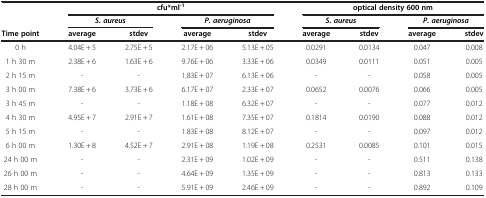
<table><thead><tr><td><b> </b></td><td colspan="4"><b>cfu*ml<sup>-1</sup></b></td><td colspan="4"><b>optical density 600 nm</b></td></tr><tr><td><b> </b></td><td colspan="2"><b><i>S. aureus</i></b></td><td colspan="2"><b><i>P. aeruginosa</i></b></td><td colspan="2"><b><i>S. aureus</i></b></td><td colspan="2"><b><i>P. aeruginosa</i></b></td></tr><tr><td><b>Time point</b></td><td><b>average</b></td><td><b>stdev</b></td><td><b>average</b></td><td><b>stdev</b></td><td><b>average</b></td><td><b>stdev</b></td><td><b>average</b></td><td><b>stdev</b></td></tr></thead><tbody><tr><td>0 h</td><td>4.04E + 5</td><td>2.75E + 5</td><td>2.17E + 06</td><td>5.13E + 05</td><td>0.0291</td><td>0.0134</td><td>0.047</td><td>0.008</td></tr><tr><td>1 h 30 m</td><td>2.38E + 6</td><td>1.63E + 6</td><td>9.76E + 06</td><td>3.33E + 06</td><td>0.0349</td><td>0.0111</td><td>0.051</td><td>0.005</td></tr><tr><td>2 h 15 m</td><td>-</td><td>-</td><td>1,83E + 07</td><td>6.13E + 06</td><td>-</td><td>-</td><td>0.058</td><td>0.005</td></tr><tr><td>3 h 00 m</td><td>7.38E + 6</td><td>3.73E + 6</td><td>6.17E + 07</td><td>2.33E + 07</td><td>0.0652</td><td>0.0076</td><td>0.066</td><td>0.005</td></tr><tr><td>3 h 45 m</td><td>-</td><td>-</td><td>1.18E + 08</td><td>6.32E + 07</td><td>-</td><td>-</td><td>0.077</td><td>0.012</td></tr><tr><td>4 h 30 m</td><td>4.95E + 7</td><td>2.91E + 7</td><td>1.61E + 08</td><td>7.35E + 07</td><td>0.1814</td><td>0.0190</td><td>0.088</td><td>0.012</td></tr><tr><td>5 h 15 m</td><td>-</td><td>-</td><td>1.83E + 08</td><td>8.12E + 07</td><td>-</td><td>-</td><td>0.097</td><td>0.012</td></tr><tr><td>6 h 00 m</td><td>1.30E + 8</td><td>4.52E + 7</td><td>2.91E + 08</td><td>1.19E + 08</td><td>0.2531</td><td>0.0085</td><td>0.101</td><td>0.015</td></tr><tr><td>24 h 00 m</td><td>-</td><td>-</td><td>2.31E + 09</td><td>1.02E + 09</td><td>-</td><td>-</td><td>0.511</td><td>0.138</td></tr><tr><td>26 h 00 m</td><td>-</td><td>-</td><td>4.64E + 09</td><td>1.35E + 09</td><td>-</td><td>-</td><td>0.813</td><td>0.133</td></tr><tr><td>28 h 00 m</td><td>-</td><td>-</td><td>5.91E + 09</td><td>2.46E + 09</td><td>-</td><td>-</td><td>0.892</td><td>0.109</td></tr></tbody></table>